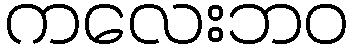
ကလေးဘဝ